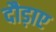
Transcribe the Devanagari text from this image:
दौड़ाए